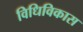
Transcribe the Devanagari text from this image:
विधिविकास